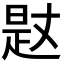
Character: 𣈡